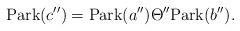
LaTeX: \begin{align*}{\rm Park}(c'')={\rm Park}(a'')\Theta''{\rm Park}(b'').\end{align*}